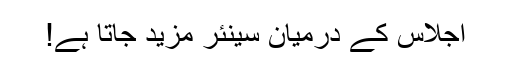
اجلاس کے درمیان سینئر مزید جاتا ہے!